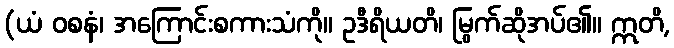
(ယံ ဝစနံ၊ အကြောင်းစကားသံကို။ ဥဒီရိယတိ၊ မြွက်ဆိုအပ်၏။ ဣတိ,